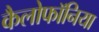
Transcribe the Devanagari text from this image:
कैलोफॉनिया